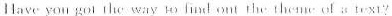
Have you gol t:e wry o fmd ont the theme of a text ?